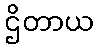
ဌိတာယ